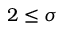
2 \le \sigma